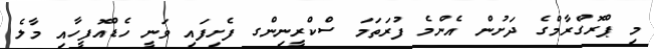
މި ޕްރޮގްރާމްގެ ދަށުން އެންމެ ފުރަތަމަ ސްކްރީނިންގ ފެށިފައި ވަނީ ހެޑްއޮފީހާއިި މާލެ